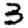
Digit: 3